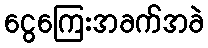
ငွေကြေးအခက်အခဲ